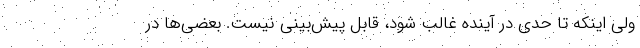
ولی اینکه تا حدی در آینده غالب شود، قابل پیش‌بینی نیست. بعضی‌ها در